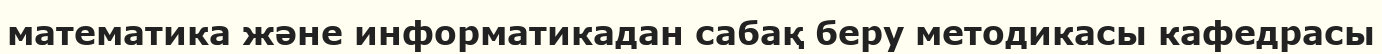
математика және информатикадан сабақ беру методикасы кафедрасы